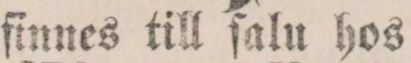
finnes till ſalu hos